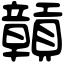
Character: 贑